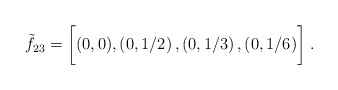
\begin{align*}\tilde f_{23}=\biggl[ (0,0),\left( 0, 1/2 \right),\left( 0, 1/3 \right),\left( 0, 1/6 \right) \biggr]\;.\end{align*}